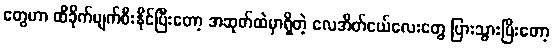
တွေဟာ ထိခိုက်ပျက်စီးနိုင်ပြီးတော့ အဆုတ်ထဲမှာရှိတဲ့ လေအိတ်ငယ်လေးတွေ ပြားသွားပြီးတော့